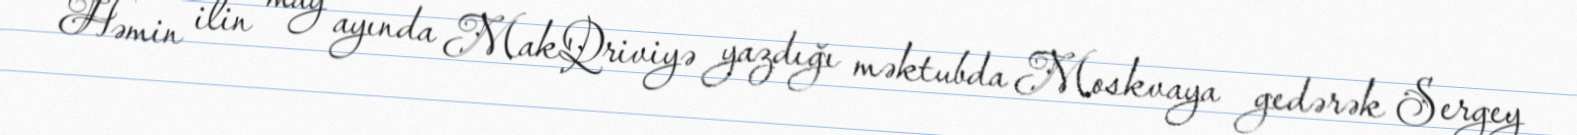
Həmin ilin may ayında MakQriviyə yazdığı məktubda Moskvaya gedərək Sergey